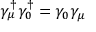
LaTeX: \gamma _ { \mu } ^ { \dagger } \gamma _ { 0 } ^ { \dagger } = \gamma _ { 0 } \gamma _ { \mu }